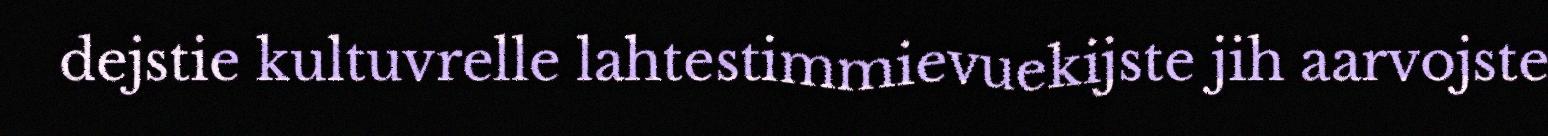
dejstie kultuvrelle lahtestimmievuekijste jih aarvojste